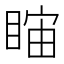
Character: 𥇻